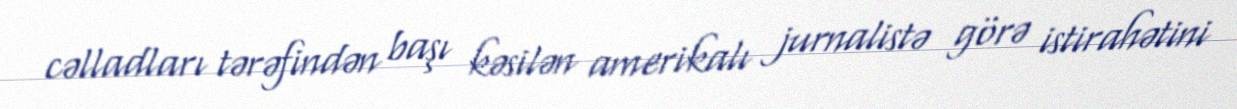
cəlladları tərəfindən başı kəsilən amerikalı jurnalistə görə istirahətini